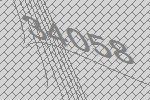
34058